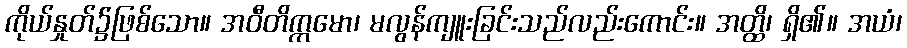
ကိုယ်နှုတ်၌ဖြစ်သော။ အဝီတိက္ကမော၊ မလွန်ကျူးခြင်းသည်လည်းကောင်း။ အတ္ထိ၊ ရှိ၏။ အယံ၊